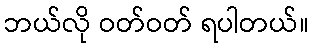
ဘယ်လို ဝတ်ဝတ် ရပါတယ်။